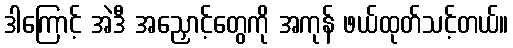
ဒါကြောင့် အဲဒီ အညှောင့်တွေကို အကုန် ဖယ်ထုတ်သင့်တယ်။